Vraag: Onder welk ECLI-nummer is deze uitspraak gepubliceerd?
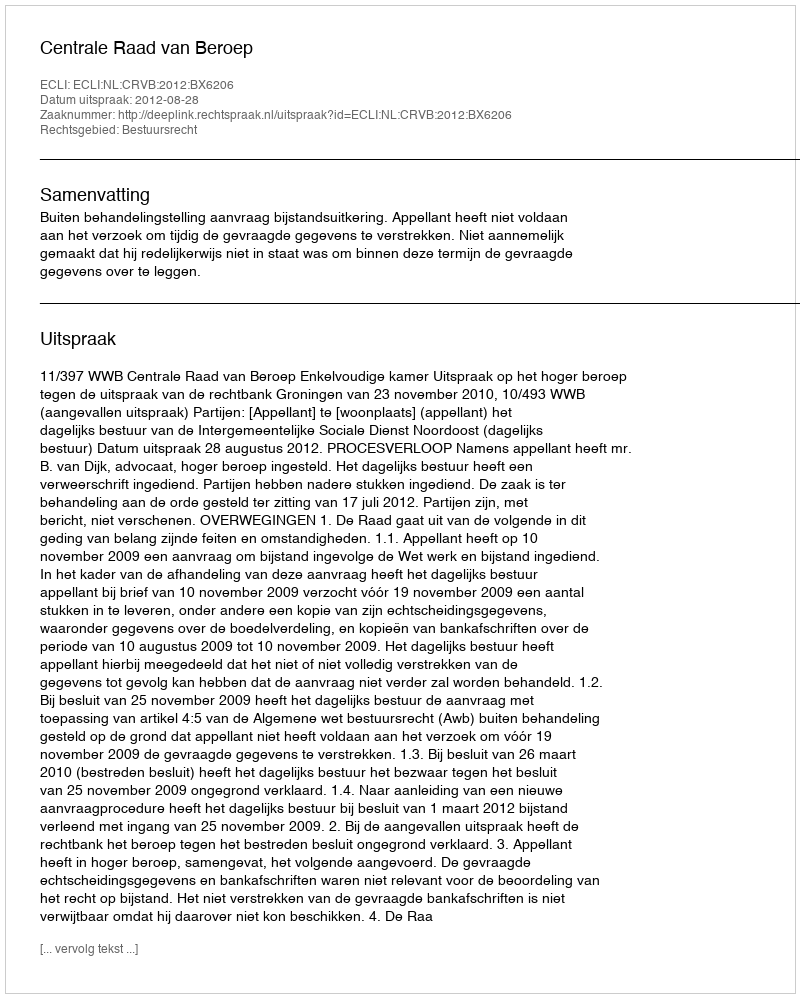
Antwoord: ECLI:NL:CRVB:2012:BX6206